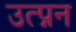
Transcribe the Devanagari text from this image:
उत्प्नन